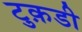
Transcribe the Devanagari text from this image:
टुक़डी